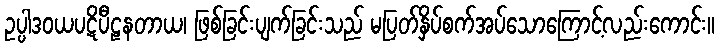
ဥပ္ပါဒဝယပဋိပီဠနတာယ၊ ဖြစ်ခြင်းပျက်ခြင်းသည် မပြတ်နှိပ်စက်အပ်သောကြောင့်လည်းကောင်း။